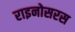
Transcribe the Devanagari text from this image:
राइनोसरस